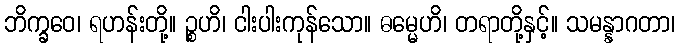
ဘိက္ခဝေ၊ ရဟန်းတို့။ ဉ္စဟိ၊ ငါးပါးကုန်သော။ ဓမ္မေဟိ၊ တရာတို့နှင့်။ သမန္နာဂတာ၊